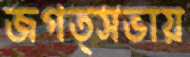
জগত্সভায়